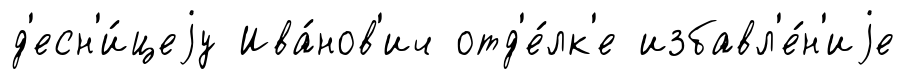
д'есн'и́цеjу Ива́нов'ич отд'е́лк'е избавл'е́н'иjе